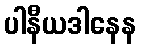
ပါနီယဒါနေန